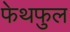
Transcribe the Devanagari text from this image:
फेथफुल